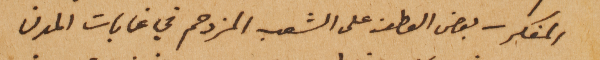
المفكر – بعض العطف على الشعب المزدحم في غابات المدن